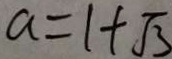
a = 1 + \sqrt { 3 }